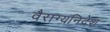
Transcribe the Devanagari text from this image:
वैराग्यनिदेश